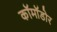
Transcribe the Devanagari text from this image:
कॉमॉडोर